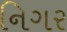
નિગર